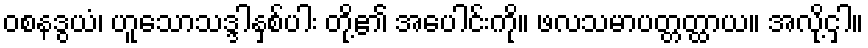
ဝစနဒွယံ၊ ဟူသောသဒ္ဒါနှစ်ပါး တို့၏ အပေါင်းကို။ ဖလသမာပတ္တတ္ထာယ။ အလို့ငှါ။